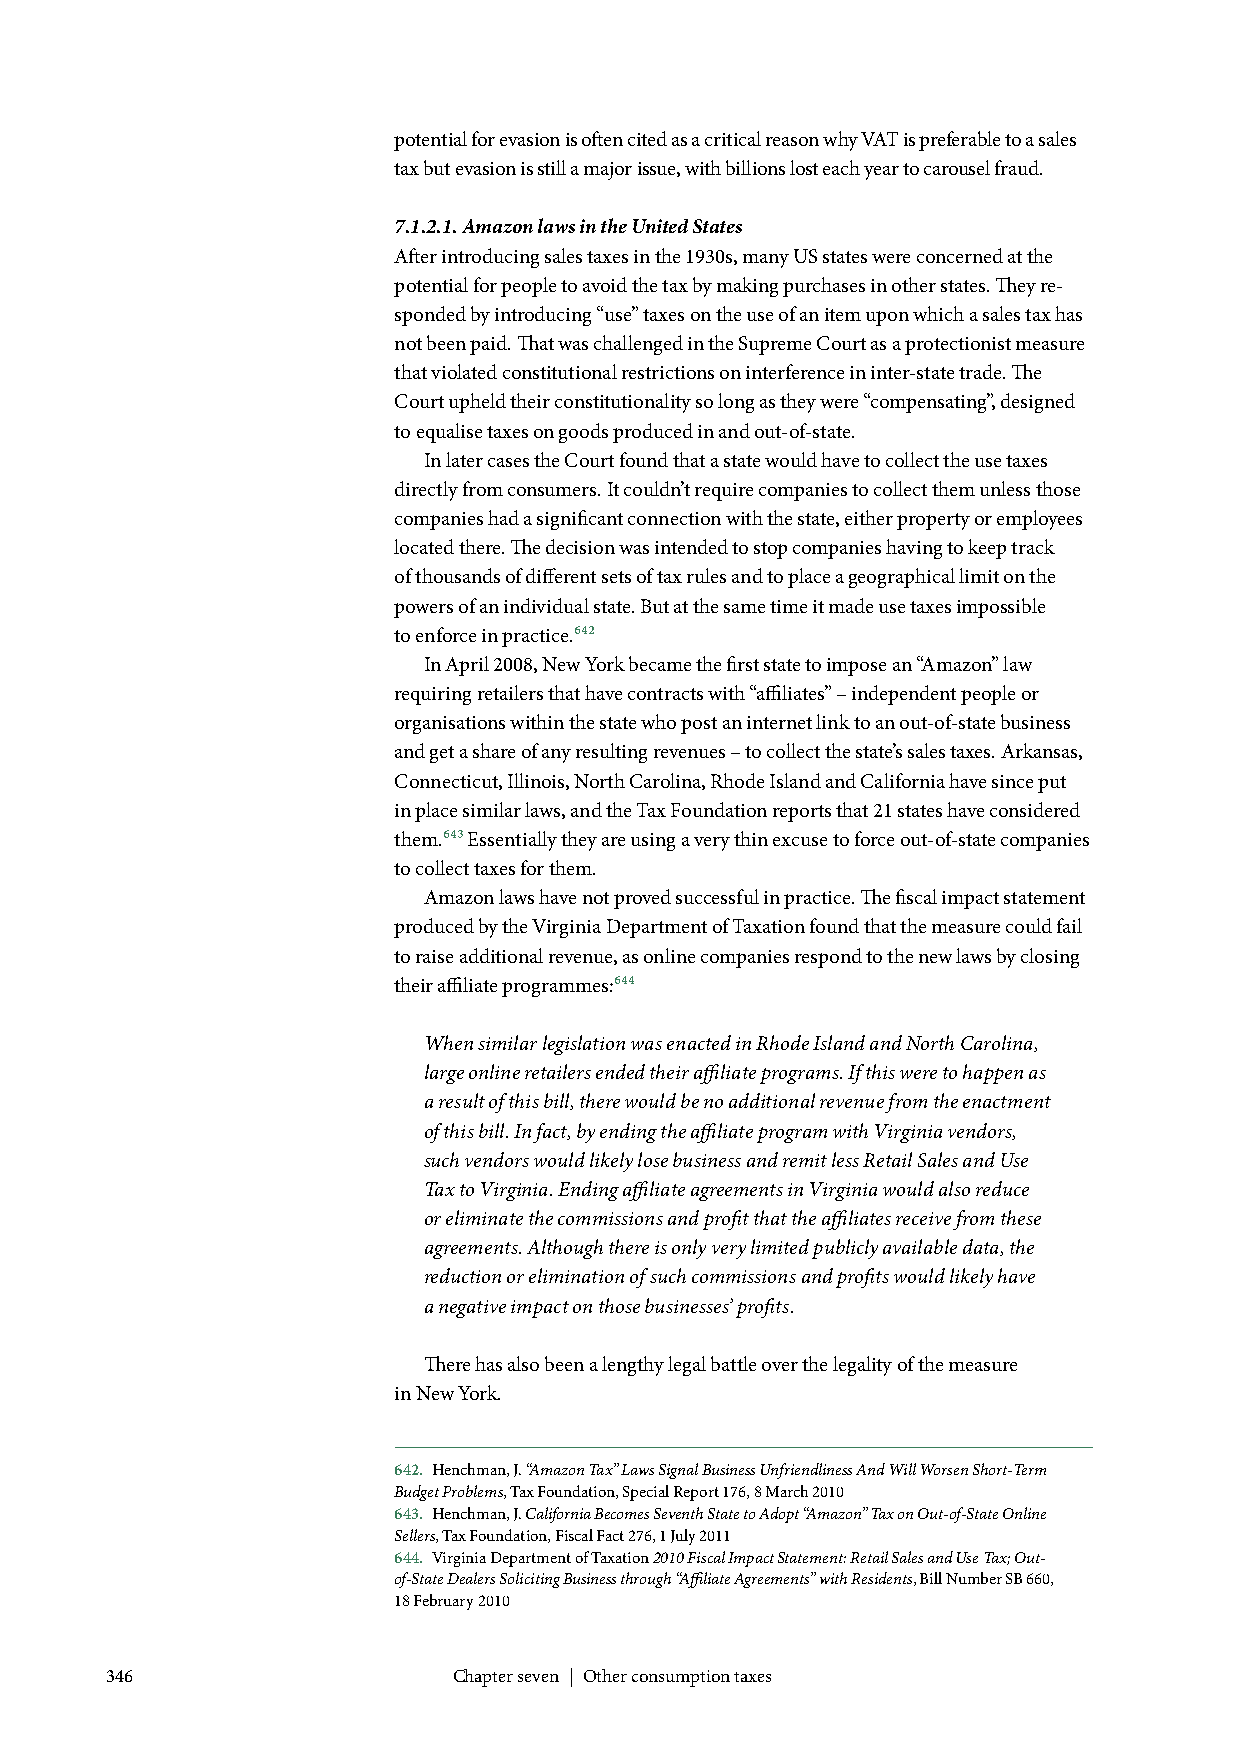
potential for evasion is often cited as a critical reason why VAT is preferable to a sales
 tax but evasion is still a major issue, with billions lost each year to carousel fraud.
 7.1.2.1. Amazon laws in the United States
 After introducing sales taxes in the 1930s, many US states were concerned at the
 potential for people to avoid the tax by making purchases in other states. They re-
 sponded by introducing “use” taxes on the use of an item upon which a sales tax has
 not been paid. That was challenged in the Supreme Court as a protectionist measure
 that violated constitutional restrictions on interference in inter-state trade. The
 Court upheld their constitutionality so long as they were “compensating”, designed
 to equalise taxes on goods produced in and out-of-state.
 In later cases the Court found that a state would have to collect the use taxes
 directly from consumers. It couldn’t require companies to collect them unless those
 companies had a significant connection with the state, either property or employees
 located there. The decision was intended to stop companies having to keep track
 of thousands of different sets of tax rules and to place a geographical limit on the
 powers of an individual state. But at the same time it made use taxes impossible
 to enforce in practice.642
 In April 2008, New York became the first state to impose an “Amazon” law
 requiring retailers that have contracts with “affiliates” – independent people or
 organisations within the state who post an internet link to an out-of-state business
 and get a share of any resulting revenues – to collect the state’s sales taxes. Arkansas,
 Connecticut, Illinois, North Carolina, Rhode Island and California have since put
 in place similar laws, and the Tax Foundation reports that 21 states have considered
 them.643 Essentially they are using a very thin excuse to force out-of-state companies
 to collect taxes for them.
 Amazon laws have not proved successful in practice. The fiscal impact statement
 produced by the Virginia Department of Taxation found that the measure could fail
 to raise additional revenue, as online companies respond to the new laws by closing
 their affiliate programmes:644
 When similar legislation was enacted in Rhode Island and North Carolina,
 large online retailers ended their affiliate programs. If this were to happen as
 a result of this bill, there would be no additional revenue from the enactment
 of this bill. In fact, by ending the affiliate program with Virginia vendors,
 such vendors would likely lose business and remit less Retail Sales and Use
 Tax to Virginia. Ending affiliate agreements in Virginia would also reduce
 or eliminate the commissions and profit that the affiliates receive from these
 agreements. Although there is only very limited publicly available data, the
 reduction or elimination of such commissions and profits would likely have
 a negative impact on those businesses’ profits.
 There has also been a lengthy legal battle over the legality of the measure
 in New York.
 642. Henchman, J. “Amazon Tax” Laws Signal Business Unfriendliness And Will Worsen Short-Term
 Budget Problems, Tax Foundation, Special Report 176, 8 March 2010
 643. Henchman, J. California Becomes Seventh State to Adopt “Amazon” Tax on Out-of-State Online
 Sellers, Tax Foundation, Fiscal Fact 276, 1 July 2011
 644. Virginia Department of Taxation 2010 Fiscal Impact Statement: Retail Sales and Use Tax; Out-
 of-State Dealers Soliciting Business through “Affiliate Agreements” with Residents, Bill Number SB 660,
 18 February 2010
 346                    Chapter seven | Other consumption taxes